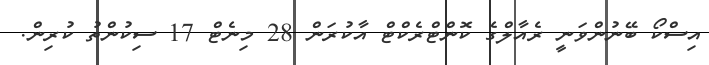
އިސްކޯ ބޭނުންވަނީ ރެއާލްގެ ކޮންޓްރެކްޓް އާކުރަން 28 މިނެޓް 17 ސިކުންތު ކުރިން.